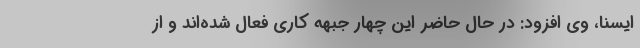
ایسنا، وی افزود: در حال حاضر این چهار جبهه کاری فعال شده‌اند و از